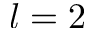
l = 2